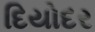
દિયોદર